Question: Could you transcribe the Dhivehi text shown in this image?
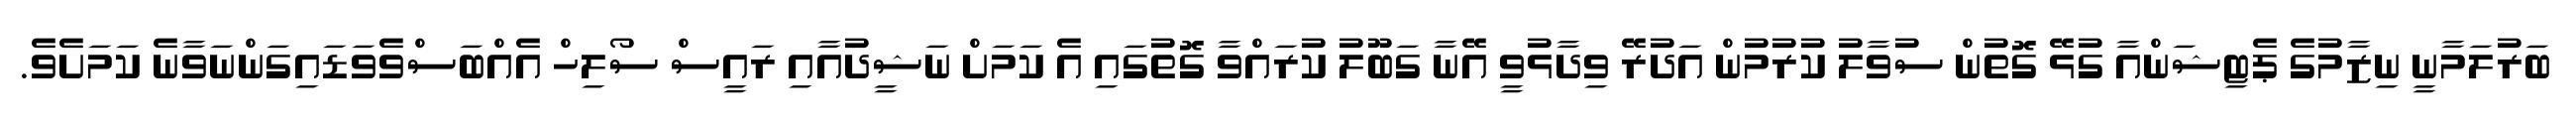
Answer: ބަރުލަމާނީ ނިޒާމުގެ ޕެޓިޝަންއާ ގުޅޭ ގޮތުން ސުވާލު ކުރުމުން އަދުރޭ ވިދާޅުވީ އޭނާ ގަބޫލު ކުރައްވާ ގޮތުގައި އެ ކަމަށް ނަޝީދުއާއި ރައީސް ސޯލިހް އެއްބަސްވެވަޑައިގަންނަވާނެ ކަމަށެވެ.